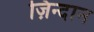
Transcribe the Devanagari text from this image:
ज़िन्दान